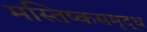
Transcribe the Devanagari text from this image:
मस्तिष्कसमृद्ध